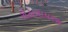
રોટાવાયરસ